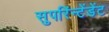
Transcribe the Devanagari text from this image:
सुपरिंन्टेंडेंट